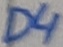
Text: D4